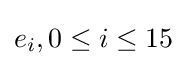
e_{i},0\leq i\leq 15